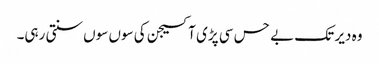
وہ دیر تک بے حس سی پڑی آکسیجن کی سوں سوں سنتی رہی۔